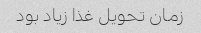
زمان تحویل غذا زیاد بود